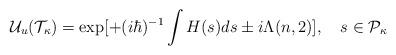
LaTeX: \begin{align*}{\cal U}_u ({\cal T}_{\kappa}) = \exp [ +(i\hbar)^{-1} \int H(s) ds \pm i\Lambda(n, 2)], \quad s\in {\cal P}_\kappa\end{align*}